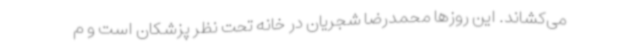
می‌کشاند. این روزها محمدرضا شجریان در خانه تحت نظر پزشکان است و م